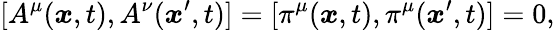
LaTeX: [A^{\mu}({\boldsymbol{x}},t),A^{\nu}({\boldsymbol{x}}^{\prime},t)]=[\pi^{\mu}({\boldsymbol{x}},t),\pi^{\mu}({\boldsymbol{x}}^{\prime},t)]=0,